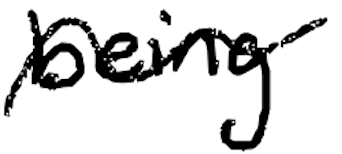
Text: being
Cross-out: wave
Writing tool: digital_black